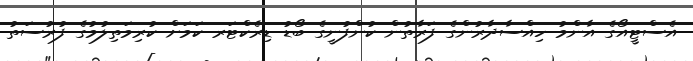
އެސްޓީއޯގެ އާންމު ހިއްސާދާރުންގެ ފަރާތުން ކުންފުނީގެ ބޯޑު ޑިރެކްޓަރ ކަމަށް ކުރިމަތިލުމުގެ ފުރުސަތު